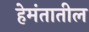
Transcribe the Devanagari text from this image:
हेमंतातील